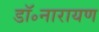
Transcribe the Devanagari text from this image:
डॉ॰नारायण